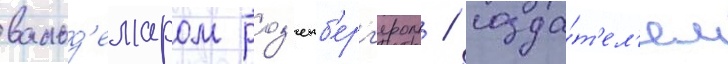
вальд'емаром роз'енб'ерг'ером / созда́т'ел'ем